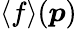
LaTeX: \langle f\rangle(\boldsymbol{p})